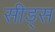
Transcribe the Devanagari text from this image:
सीड्‌स